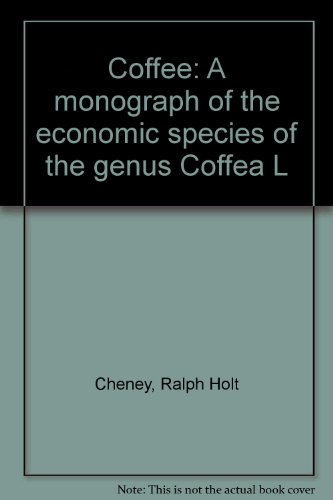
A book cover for Coffee: A monograph of the economic species of the genus Coffea L; Ralph Holt Cheney; Health, Fitness & Dieting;